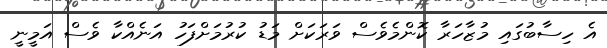
އެ ހިސާބުގައި މުޒާހަރާ ކޮންމެވެސް ވަރަކަށް މަޑު ކުރުމަށްފަހު އަނެއްކާ ވެސް އަމީނީ